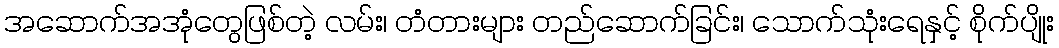
အဆောက်အအုံတွေဖြစ်တဲ့ လမ်း၊ တံတားများ တည်ဆောက်ခြင်း၊ သောက်သုံးရေနှင့် စိုက်ပျိုး